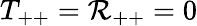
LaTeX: T_{++}=\mathcal{R}_{++}=0